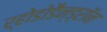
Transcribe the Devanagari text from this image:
र्होडोडैन्ड्रॉन